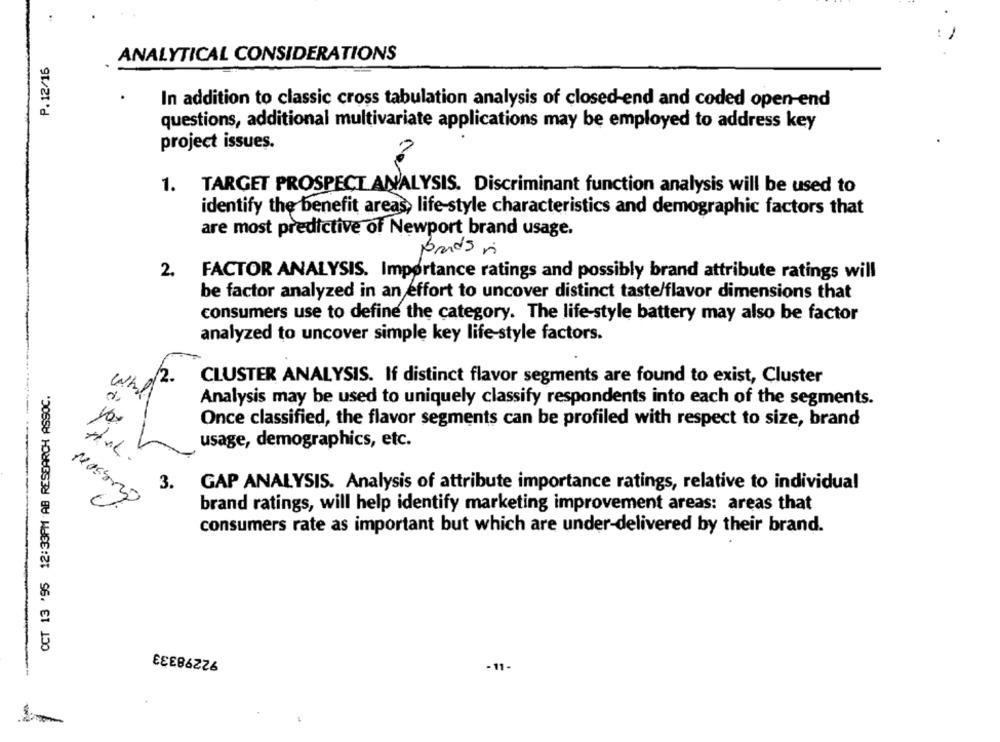
P.12/16
ANALYTICAL CONSIDERATIONS
In addition to classic cross tabulation analysis of closed-end and coded open-end
questions, additional multivariate applications may be employed to address key
project issues.
1.
TARGET PROSPECT ANALYSIS. Discriminant function analysis will be used to
identify the benefit areas, life-style characteristics and demographic factors that
are most predictive of Newport brand usage.
prends ri
2.
FACTOR ANALYSIS. Importance ratings and possibly brand attribute ratings will
be factor analyzed in an effort to uncover distinct taste/flavor dimensions that
consumers use to define the category. The life-style battery may also be factor
analyzed to uncover simple key life-style factors.
CLUSTER ANALYSIS. If distinct flavor segments are found to exist, Cluster
CCT 13 '95 12:33PM AB RESEARCH ASSOC.
Analysis may be used to uniquely classify respondents into each of the segments.
Once classified, the flavor segments can be profiled with respect to size, brand
usage, demographics, etc.
3. GAP ANALYSIS. Analysis of attribute importance ratings, relative to individual
brand ratings, will help identify marketing improvement areas: areas that
consumers rate as important but which are under-delivered by their brand.
92298333
- 11 -
--